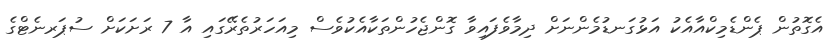
އެގޮތުން ޕެންޑެމިކްއާއެކު އަޅުގަނޑުމެންނަށް ދިމާވެފައިވާ ގޮންޖެހުންތަކާއެކުވެސް މިއަހަރުތެރޭގައި އާ 7 ރަށަކަށް ސުޕަރނެޓްގެ